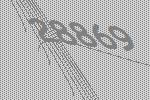
28869